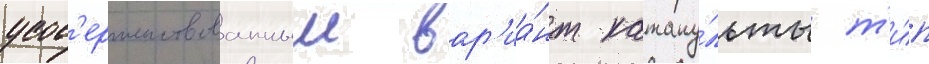
усов'ершенствованныи вар'иа́нт катапу́льты т'и́п